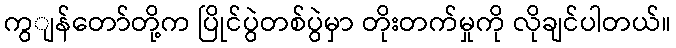
ကွျန်တော်တို့က ပြိုင်ပွဲတစ်ပွဲမှာ တိုးတက်မှုကို လိုချင်ပါတယ်။